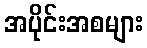
အပိုင်းအစများ